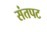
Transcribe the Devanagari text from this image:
संतपट